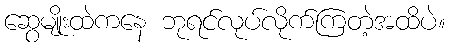
ဆွေမျိုးထဲကနေ ဘုရင်လုပ်လိုက်ကြတဲ့အထိပဲ။